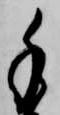
手